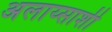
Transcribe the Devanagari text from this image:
अलाय्साशी